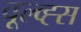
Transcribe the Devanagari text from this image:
वूल्व्ह्स